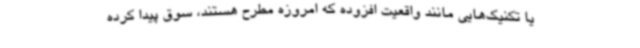
یا تکنیک‌هایی مانند واقعیت افزوده که امروزه مطرح هستند، سوق پیدا کرده